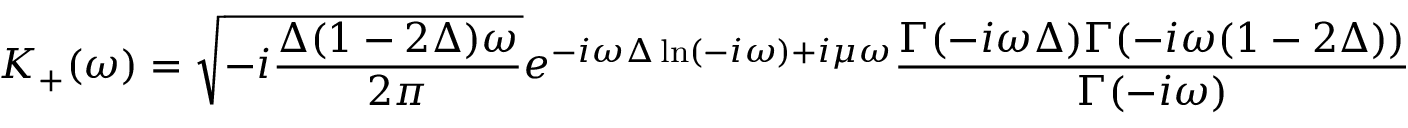
K _ { + } ( \omega ) = \sqrt { - i \frac { \Delta ( 1 - 2 \Delta ) \omega } { 2 \pi } } e ^ { - i \omega \Delta \ln ( - i \omega ) + i \mu \omega } \frac { \Gamma ( - i \omega \Delta ) \Gamma ( - i \omega ( 1 - 2 \Delta ) ) } { \Gamma ( - i \omega ) }